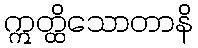
ဣတ္ထိသောတာနိ